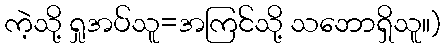
ကဲ့သို့ ရှုအပ်သူ=အကြင်သို့ သဘောရှိသူ။)